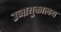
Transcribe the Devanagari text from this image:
उच्चायुक्तालय